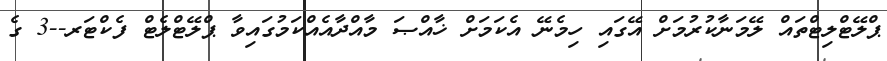
ޕްލޭޓްލިޓްތައް ލޭމަނާކުރުމަށް އޭގައި ހިމެނޭ އެކަމަށް ޚާއްޞަ މާއްދާއެއްކަމުގައިވާ ޕްލޭޓްލެޓް ފެކްޓަރ--3 ގެ